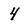
Character: 4